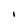
Character: I